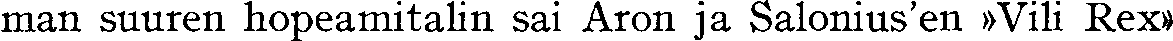
man suuren hopeamitalin sai Aron ja Salonius'en »Vili Rex»